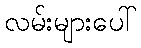
လမ်းများပေါ်